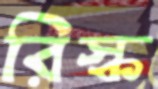
রিস্ক